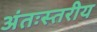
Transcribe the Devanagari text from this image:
अंतःस्तरीय